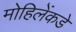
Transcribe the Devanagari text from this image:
मोहिलेंकडे